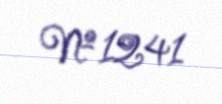
№ 1241